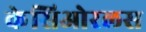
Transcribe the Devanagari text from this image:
केसिओरलस